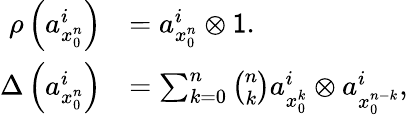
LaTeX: \begin{array}{rl}{\rho\left(a_{x_{0}^{n}}^{i}\right)}&{=a_{x_{0}^{n}}^{i}\otimes\mathsf{1}.}\\ {\Delta\left(a_{x_{0}^{n}}^{i}\right)}&{=\sum_{k=0}^{n}\binom{n}{k}a_{x_{0}^{k}}^{i}\otimes a_{x_{0}^{n-k}}^{i},}\end{array}